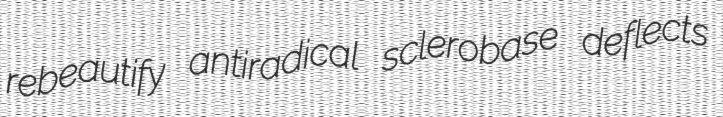
rebeautify antiradical sclerobase deflects